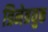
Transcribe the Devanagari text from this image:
त्रिनेत्रयुक्त